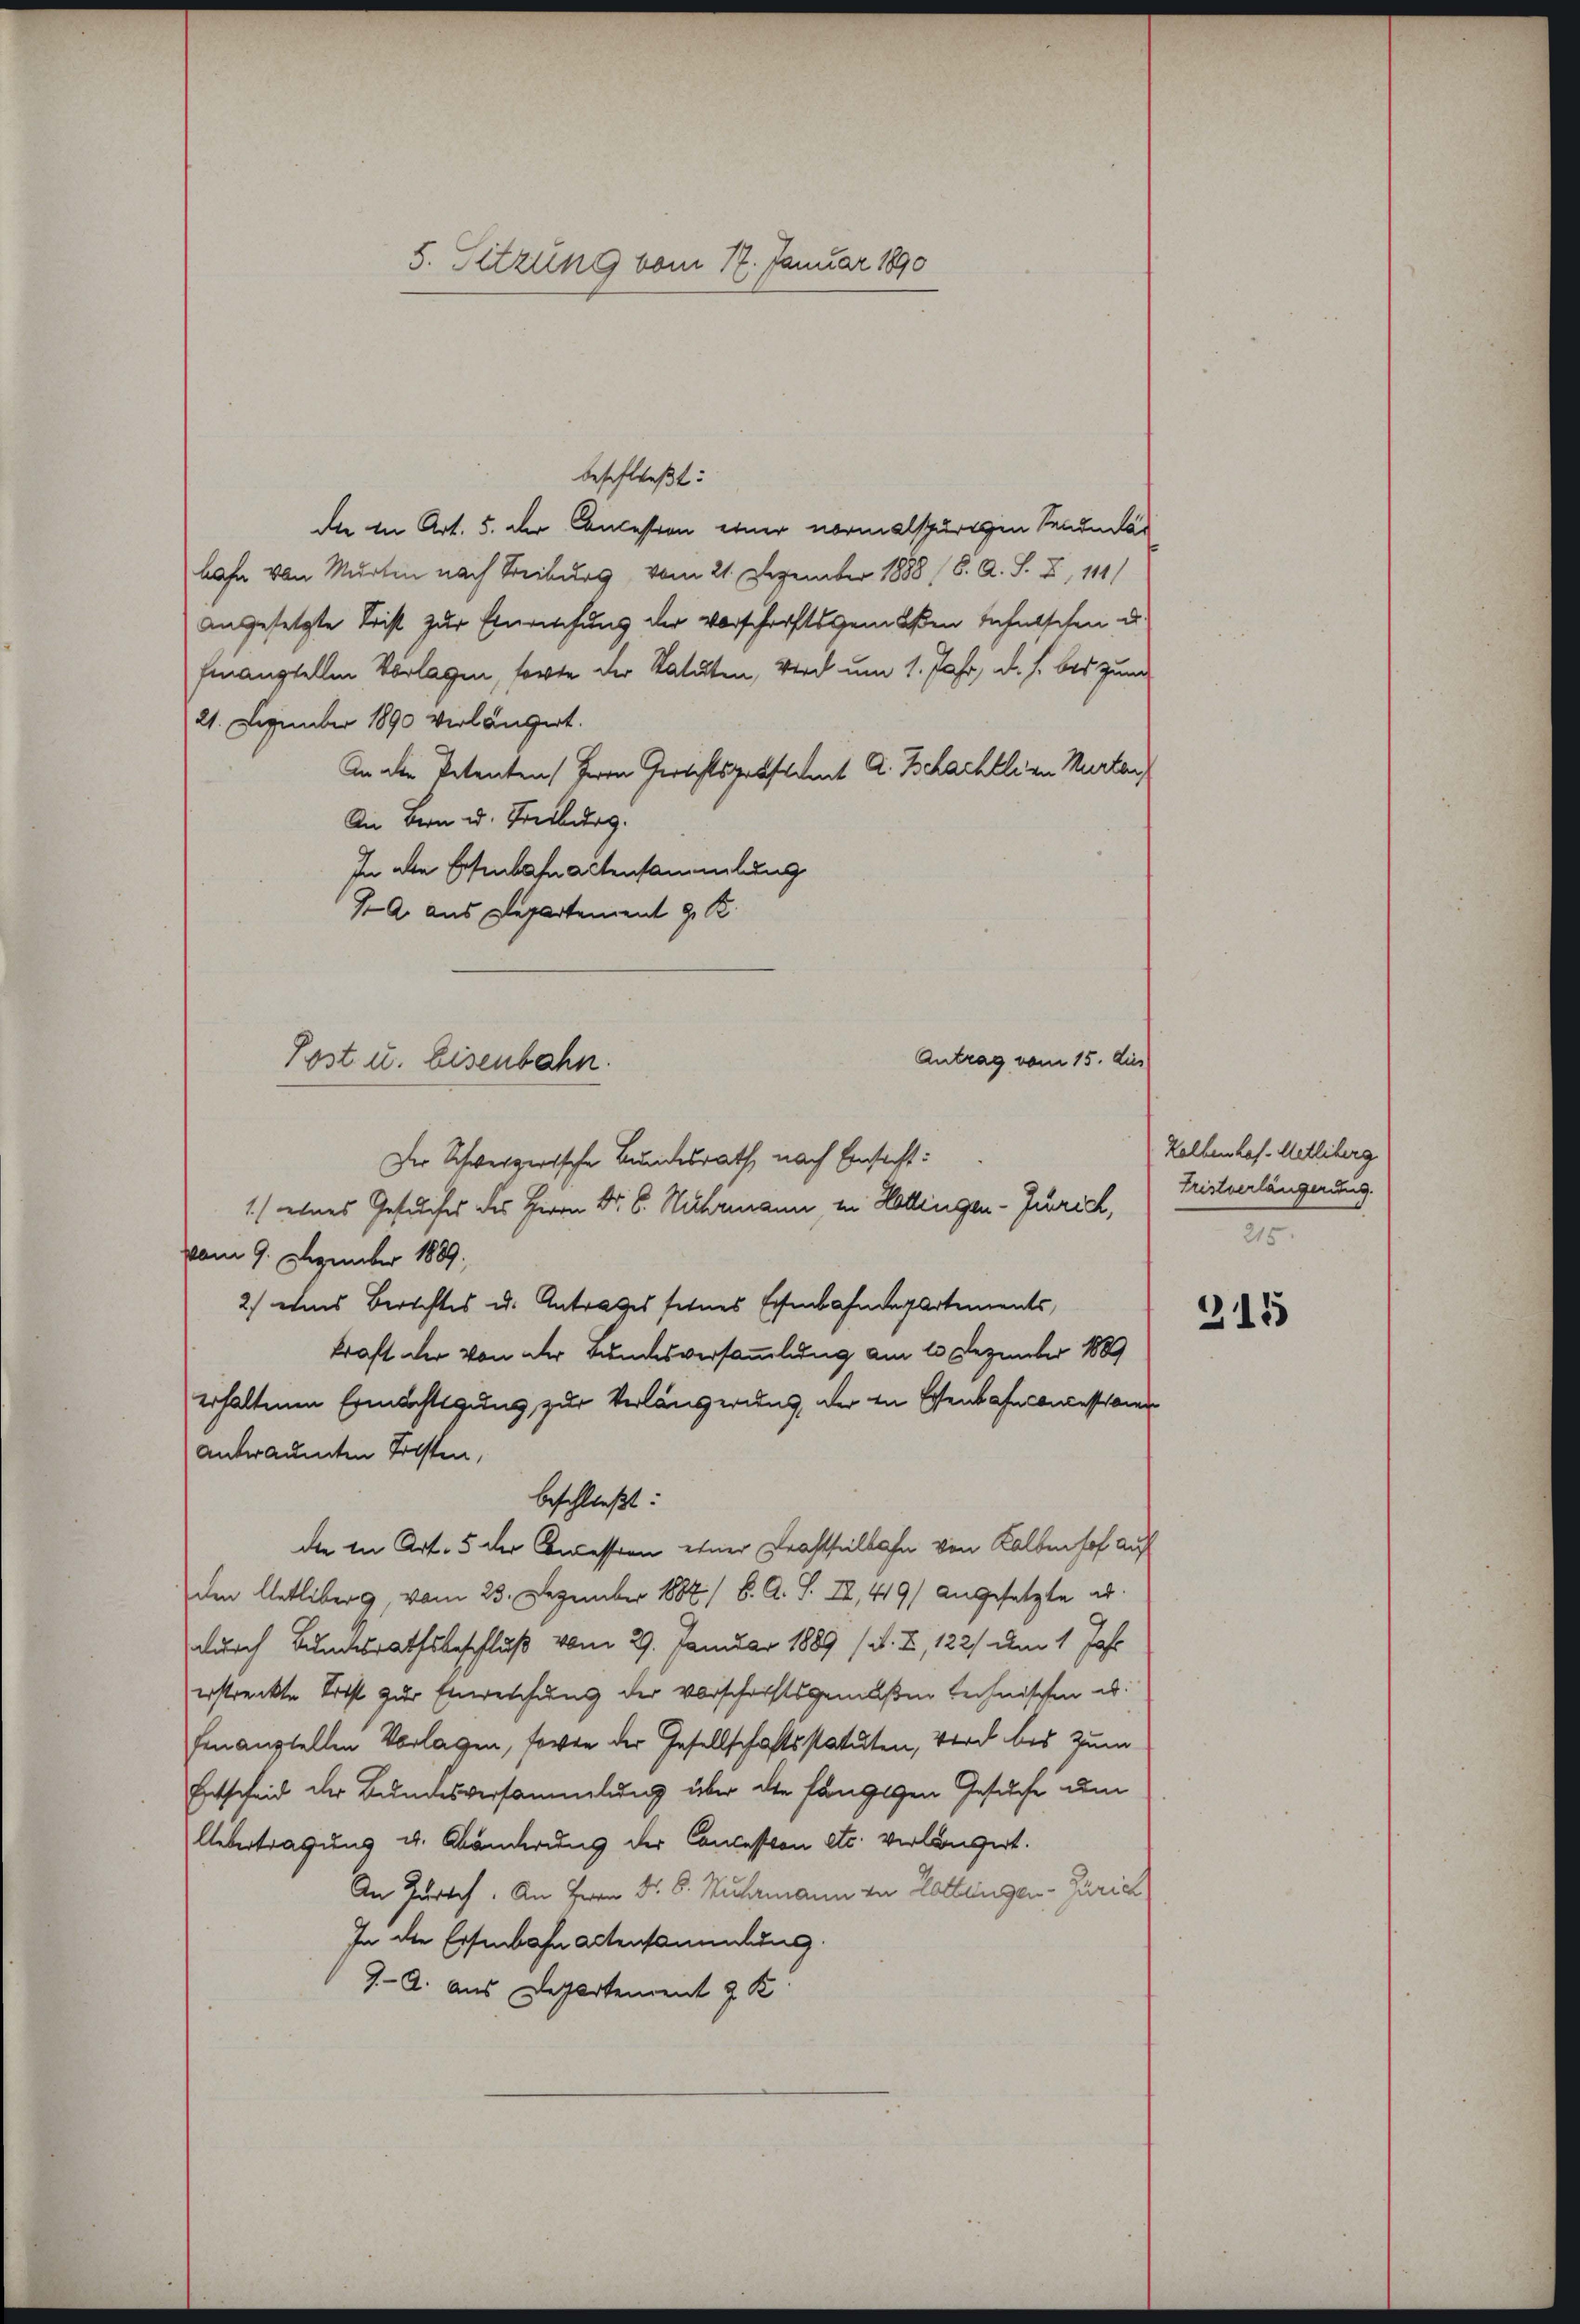
Post u. Eisenbahn.

5. Sitzung vom 17. Januar 1890

beschließt:
die in Art. 5. der Concession einer normalspurigen Secundär
bahn von Murten nach Streiburg, vom 21. Dezember 1888 (8. A. S. I, 111)
angesetzte Frist zur Einrichung der Vorschriftsgemeßen Infalschen d.
finanstellen Vorlagen, forte der Statuten, wird um 1. Jahr, d. h. bis zum
21. Dezember 1890 verlängert.
An die Petenten (Herrn Gerichtspattetent A. Schachtlian Murten
An Bern u. Treiburg.
In alle Eisenbahn actensammlung
A. aus Departement 9. R
1.) eines Gesuches des Herrn Dr. S. Wuhrmann in Hottingen - Zürich,
vom 9. Dezember 1889.
2.) eines Berichtes u. Antrages seines Eisenbahndepartements,
kraft der von der Bundesversammlung am 10 Dezember 1889
erhaltenen Ermächtigung zur Verlängerung, der in Essenbahn concessionen
anträumten Tolsten,
beschließt:
die in Art. 5 der Concession einer Krachtheilbahn von Kaltenhof auf
den Uetliberg, vom 23. Dezember 1882/8. A. S. II, 419) angesetzte al
durch Bundesrathsbeschluß vom 29. Januar 1889 (d. I, 122) dem 1 Jahr
erstreckte Tocht zur Einweichung der vorschriftsgemäßen technischen u.
henaustellen Vorlagen, sowie der Gesellschaftsstatuten, Wird bis zum
Entscheid der Bundesversammlung über die fängigen Gesuche dem
Übertragung u. Abänderung der Concession etc. verlängert.
An Zürch. An Herrn Dr. S. Wuhrmann von Kattungen Zürich
In die Eisenbahn actensammlung.
J. A. aus Departement 2 K

Antrag vom 15. dies
Der Schwerzerische Bundesrath, nach Einsicht:

Kelbenhof. Metliberg
Tristverlängerung.
215.

215